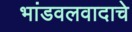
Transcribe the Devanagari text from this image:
भांडवलवादाचे